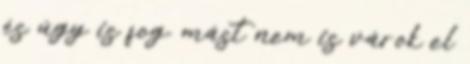
és úgy is fog. mást nem is várok el